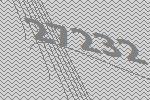
27232